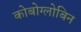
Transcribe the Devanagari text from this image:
कोबोग्लोबिन